Lunatic asylums Punjab 1868-1880 - 1868-1880
Year: 1868
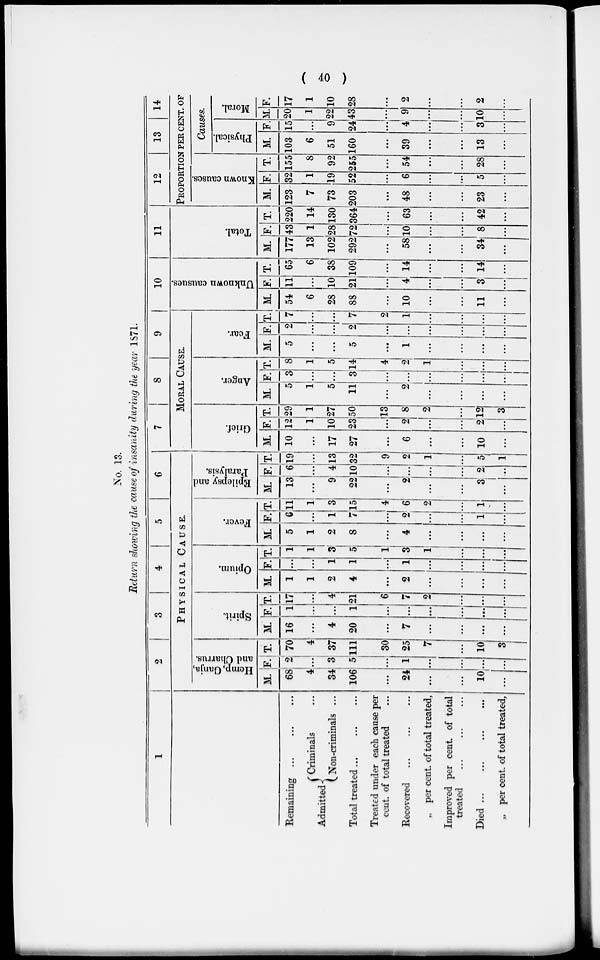
( 40 )
No. 13.
Return showing the cause of insanity during the year 1871.
1
Remaining ...
...
...
Admitted
Criminals ...
Non-criminals ...
Total treated ...
Treated under each cause per
cent. of total treated...
Recovered ... ... ...
„ per cent. of total treated,
Improved per cent of total
treated ... ... ..
Died ... ... ... ...
„ per cent. of total treated,
2
3
4
5
6
PHYSICAL
CAUSE.
Hemp, Ganja,
and Charrus.
M.
68
4
34
106
...
24
...
...
10
...
F.
2
...
3
5
...
1
...
...
...
...
T.
70
4
37
111
30
25
7
...
10
3
Spirit.
M.
16
...
4
20
...
7
...
...
...
...
F.
1
...
...
1
...
...
...
...
...
...
T.
17
...
4
21
6
7
2
...
...
...
Opium.
M.
1
1
2
4
...
2
...
...
...
...
F.
...
...
1
1
...
1
...
...
...
...
T.
1
1
3
5
1
3
1
...
...
...
Fever.
M.
5
1
2
8
...
4
...
...
...
...
F.
6
...
1
7
...
2
...
...
1
...
T.
11
1
3
15
4
6
2
...
1
...
Epilepsy and
Paralysis.
M.
13
...
9
22
...
2
...
...
3
...
F.
6
...
4
10
...
...
...
...
2
...
T.
19
...
13
32
9
2
1
...
5
1
7
8
9
MORAL CAUSE.
Grief.
M.
10
...
17
27
...
6
...
...
10
...
F.
12
1
10
23
...
2
...
...
2
...
T.
29
1
27
50
13
8
2
...
12
3
Anger.
M.
5
1
5
11
...
2
...
...
...
...
F.
3
...
...
3
...
...
...
...
...
...
T.
8
1
5
14
4
2
1
...
...
...
Fear.
M.
5
...
...
5
...
1
...
...
...
...
F.
2
...
...
2
...
...
...
...
...
...
T.
7
...
...
7
2
1
...
...
...
...
10
Unknown causues.
M.
54
6
28
88
...
10
...
...
11
...
F.
11
...
10
21
...
4
...
...
3
...
T.
65
6
38
109
...
14
...
...
14
...
11
Total.
M.
177
13
102
292
...
58
...
...
34
...
F.
43
1
28
72
...
10
...
...
8
...
T.
220
14
130
364
...
63
...
...
42
...
12
13
14
PROPORTION PER CENT. OF
Known causes.
M.
123
7
73
203
...
48
...
...
23
...
F.
32
1
19
52
...
6
...
...
5
...
T.
155
8
92
255
...
54
...
...
28
...
Causes.
Physical.
M.
103
6
51
160
...
39
...
...
13
...
F.
15
...
9
24
...
4
...
...
3
...
Moral.
M.
20
1
22
43
...
9
...
...
10
...
F.
17
1
10
28
...
2
...
...
2
...